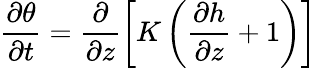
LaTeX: \frac{\partial\theta}{\partial t}=\frac{\partial}{\partial z}\biggl[K\left(\frac{\partial h}{\partial z}+1\right)\biggr]